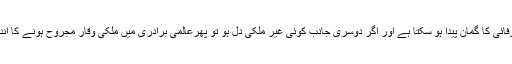
دوسری طرف بلا وجہ بے وفائی کا گمان پیدا ہو سکتا ہے اور اگر دوسری جانب کوئی غیر مُلکی دل ہو تو پھرعالمی برادری میں مُلکی وقار مجروح ہونے کا اندیشہ بھی لاحق ہو سکتا ہے ۔